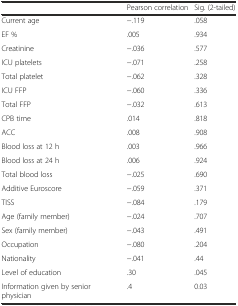
<table><thead><tr><td></td><td><b>Pearson correlation</b></td><td><b>Sig. (2-tailed)</b></td></tr></thead><tbody><tr><td>Current age</td><td>−.119</td><td>.058</td></tr><tr><td>EF %</td><td>.005</td><td>.934</td></tr><tr><td>Creatinine</td><td>−.036</td><td>.577</td></tr><tr><td>ICU platelets</td><td>−.071</td><td>.258</td></tr><tr><td>Total platelet</td><td>−.062</td><td>.328</td></tr><tr><td>ICU FFP</td><td>−.060</td><td>.336</td></tr><tr><td>Total FFP</td><td>−.032</td><td>.613</td></tr><tr><td>CPB time</td><td>.014</td><td>.818</td></tr><tr><td>ACC</td><td>.008</td><td>.908</td></tr><tr><td>Blood loss at 12 h</td><td>.003</td><td>.966</td></tr><tr><td>Blood loss at 24 h</td><td>.006</td><td>.924</td></tr><tr><td>Total blood loss</td><td>−.025</td><td>.690</td></tr><tr><td>Additive Euroscore</td><td>−.059</td><td>.371</td></tr><tr><td>TISS</td><td>−.084</td><td>.179</td></tr><tr><td>Age (family member)</td><td>−.024</td><td>.707</td></tr><tr><td>Sex (family member)</td><td>−.043</td><td>.491</td></tr><tr><td>Occupation</td><td>−.080</td><td>.204</td></tr><tr><td>Nationality</td><td>−.041</td><td>.44</td></tr><tr><td>Level of education</td><td>.30</td><td>.045</td></tr><tr><td>Information given by senior physician</td><td>.4</td><td>0.03</td></tr></tbody></table>